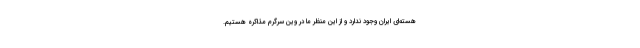
هسته‌ای ایران وجود ندارد و از این منظر ما در وین سرگرم مذاکره هستیم.